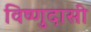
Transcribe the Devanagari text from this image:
विष्णुदासी